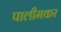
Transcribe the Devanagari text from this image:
पालीमकर